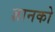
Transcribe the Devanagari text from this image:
ज्ञानको